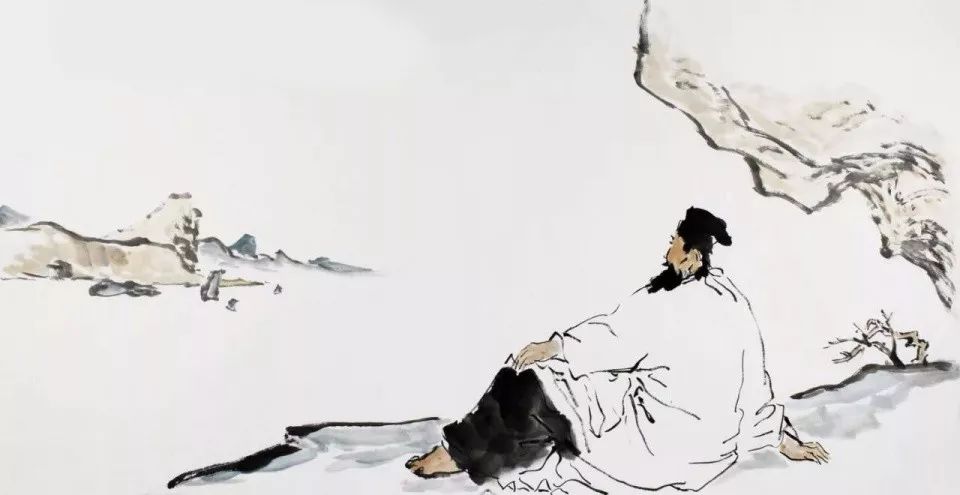
料峭春风吹酒醒，微冷，山头斜照却相迎。